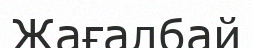
Жағалбай